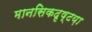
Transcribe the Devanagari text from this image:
मानसिकदृष्टय़ा